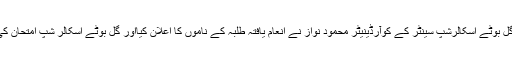
سولاپور میں گُل بوٹے اسکالرشپ سینٹر کے کوآرڈینیٹر محمود نواز نے انعام یافتہ طلبہ کے ناموں کا اعلان کیااور گُل بوٹے اسکالر شپ امتحان کی تفصیل بتائی۔